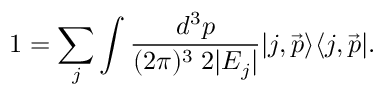
1 = \sum _ { j } \int \frac { d ^ { 3 } p } { ( 2 \pi ) ^ { 3 } \; 2 | E _ { j } | } | j , \vec { p } \rangle \langle j , \vec { p } | .